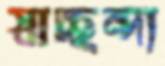
স্বাচ্ছন্দ্য